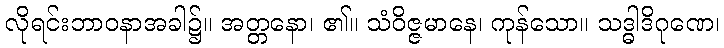
လိုရင်းဘာဝနာအခါ၌။ အတ္တနော၊ ၏။ သံဝိဇ္ဇမာနေ၊ ကုန်သော။ သဒ္ဓါဒိဂုဏေ၊